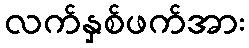
လက်နှစ်ဖက်အား